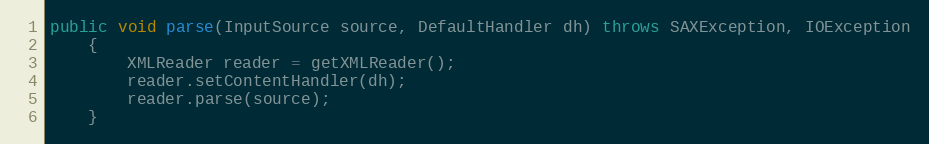
Language: Java
public void parse(InputSource source, DefaultHandler dh) throws SAXException, IOException
    {
        XMLReader reader = getXMLReader();
        reader.setContentHandler(dh);
        reader.parse(source);
    }